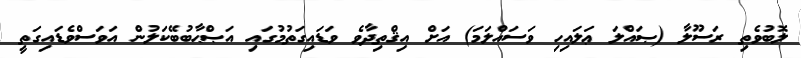
ލޮބުވެތި ރަސޫލާ (ޞައްލަ ޢަލައިހި ވަސައްލަމަ) އަށް އިޤްތިދާވެ ވަޑައިގަތުމުގައި އަޞްޙާބުބޭކަލުން އަވަސްވެޑައިގަތީ